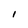
Character: l